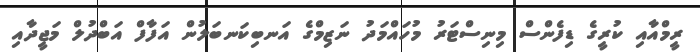
ރީމްއާއި ކުރީގެ ޑިފެންސް މިނިސްޓަރު މުހައްމަދު ނަޒިމްގެ އަނބިކަނބަލުން އަފާފް އަބްދުލް މަޖީދާއި